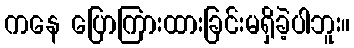
ကနေ ပြောကြားထားခြင်းမရှိခဲ့ပါဘူး။